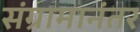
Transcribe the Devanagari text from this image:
संग्रामानंतर